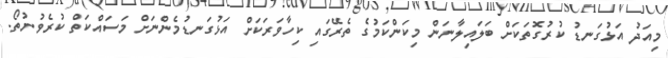
މިއަދު އަޅުގަނޑު ކުރުގޮތަކަށް ބަލައިލާނަން މިކަންކަމުގެ ތެރޭގައި ކިހާވަރަކަށް އަޅުގަނޑުމެންނަށް މަސައްކަތް ކުރެވުނުތޯ.